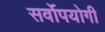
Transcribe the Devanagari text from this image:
सर्वोपयोगी